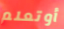
أوتعلم